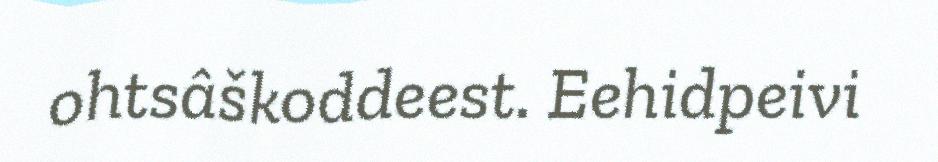
ohtsâškoddeest. Eehidpeivi